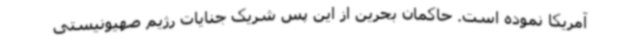
آمریکا نموده است. حاکمان بحرین از این پس شریک جنایات رژیم صهیونیستی